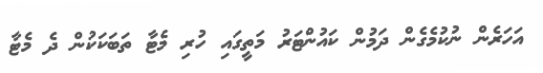
އަހަރެން ނުކުމެގެން ދަމުން ކައުންޓަރު މަތީގައި ހުރި މެޓާ ތަބަކަކުން ދެ މެޓާ